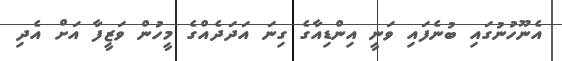
އެނޫހުނުގައި ބުނެފައި ވަނީ އިންޑިއާގެ ގިނަ އަދަދެއްގެ މީހުން ވަޒީފާ އަށް އެދި